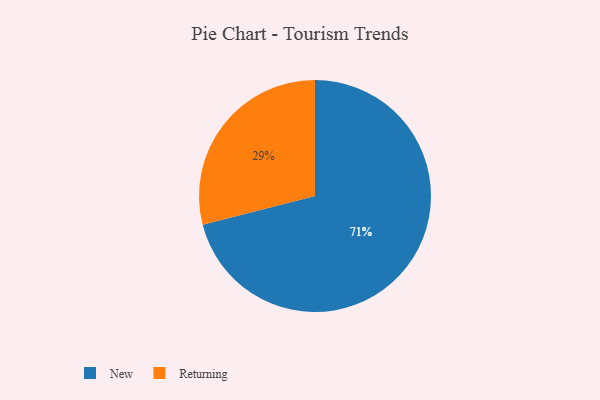
{"axis": {"x": "Category", "y": "Percentage"}, "legend": ["New", "Returning"], "data": [{"x": "New", "y": 71, "type": "New"}, {"x": "Returning", "y": 29, "type": "Returning"}]}